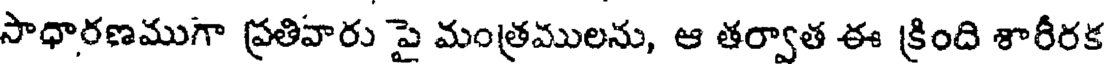
సాధారణముగా ప్రతివారు పై మంత్రములను, ఆ తర్వాత ఈ క్రింది శారీరక